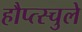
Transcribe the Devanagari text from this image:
हौप्त्स्चुले